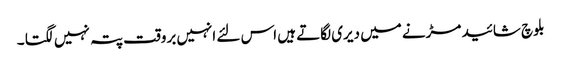
بلوچ شائید مڑنے میں دیری لگاتے ہیں اس لئے انہیں بروقت پتہ نہیں لگتا ۔